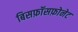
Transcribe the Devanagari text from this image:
बिसफ़ॉसफ़ोनेट